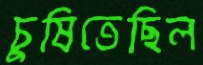
চুষিতেছিল